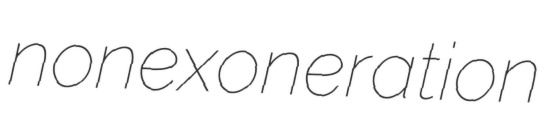
nonexoneration